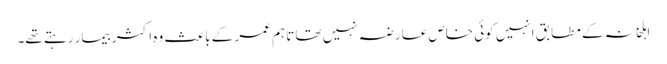
اہلخانہ کے مطابق انہیں کوئی خاص عارضہ نہیں تھا تاہم عمر کے باعث وہ اکثر بیمار رہتے تھے۔